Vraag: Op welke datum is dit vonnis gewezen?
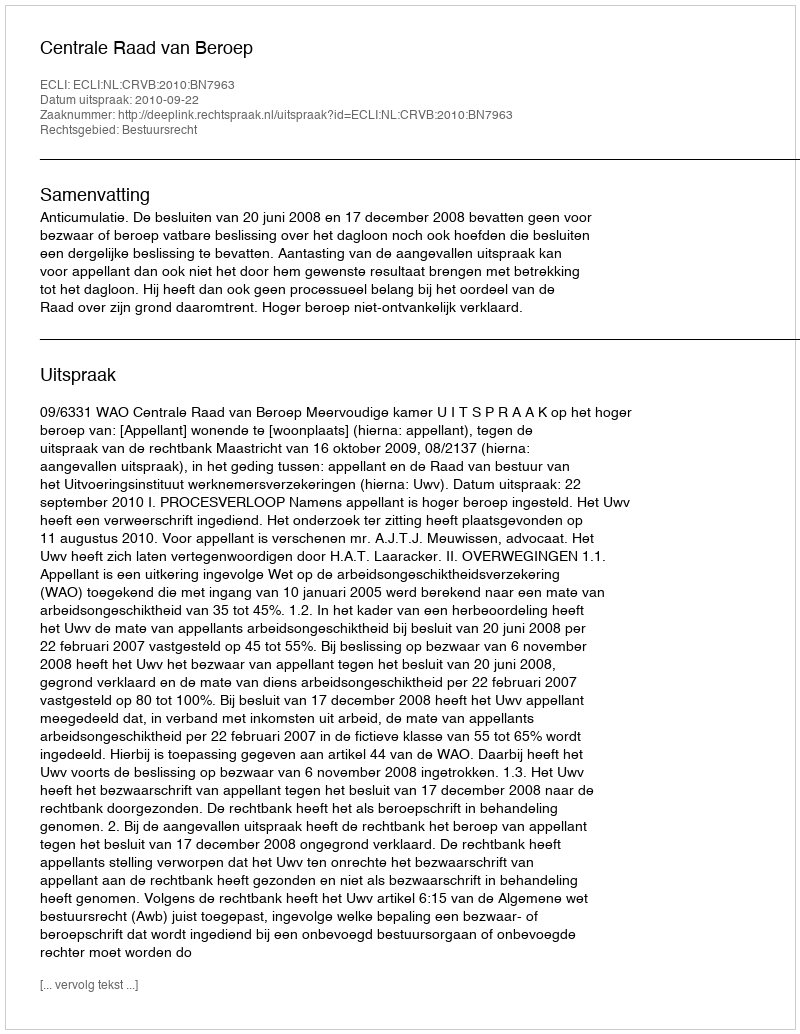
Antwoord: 2010-09-22